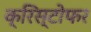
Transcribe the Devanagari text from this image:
क्रिस्‍टोफर